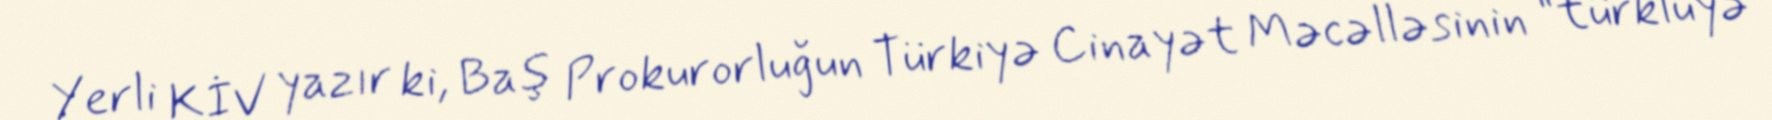
Yerli KİV yazır ki, Baş Prokurorluğun Türkiyə Cinayət Məcəlləsinin “türklüyə